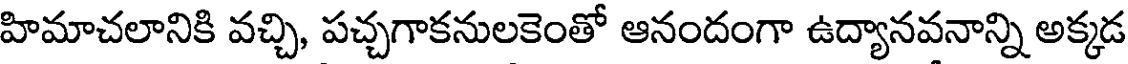
హిమాచలానికి వచ్చి, పచ్చగాకనులకెంతో ఆనందంగా ఉద్యానవనాన్ని అక్కడ